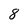
Character: 8